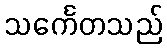
သင်္ကေတသည်